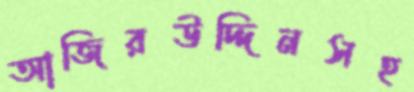
আজিরউদ্দিনসহ